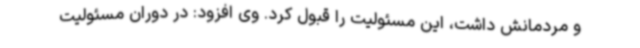
و مردمانش داشت، این مسئولیت را قبول کرد. وی افزود: در دوران مسئولیت